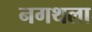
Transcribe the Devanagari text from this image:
नगथला